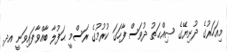
މިއަހަރުގެ ދުނިޔޭގެ ޞިއްޙަތު ދުވަސް ފާހަގަ ކުރުމުގެ ރަސްމީ ޙަފުލާ ބާއްވާފައިވަނީ އދ.